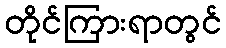
တိုင်ကြားရာတွင်